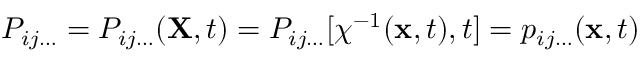
\ P _ { i j \ldots } = P _ { i j \ldots } ( \mathbf { X } , t ) = P _ { i j \ldots } [ \chi ^ { - 1 } ( \mathbf { x } , t ) , t ] = p _ { i j \ldots } ( \mathbf { x } , t )